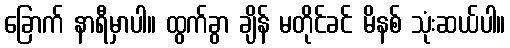
ခြောက် နာရီမှာပါ။ ထွက်ခွာ ချိန် မတိုင်ခင် မိနစ် သုံးဆယ်ပါ။